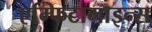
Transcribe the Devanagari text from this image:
एम्फिटामाइन्स